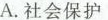
A.社会保护